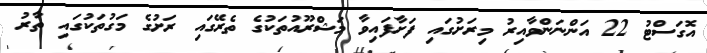
އޮގަސްޓު 22 އަންނަންވާއިރު މިރަށުގައި ފަށާފައިވާ މަޝްރޫއުތަކުގެ ތެރޭގައި ރަށުގެ މަގުތަކުގައި ތާރު